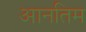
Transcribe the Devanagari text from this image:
आनतिम